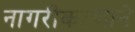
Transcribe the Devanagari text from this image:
नागरीकरणाने